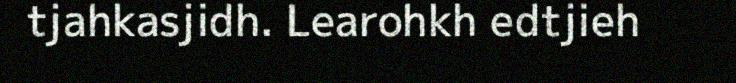
tjahkasjidh. Learohkh edtjieh